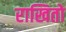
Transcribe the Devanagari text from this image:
राखितो